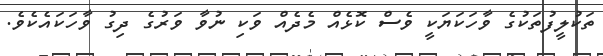
ތަކުލީފުތަކުގެ ވާހަކަޔަކީ ވެސް ކޮޅެއް މެދެއް ވަކި ނުވާ ވަރުގެ ދިގު ވާހަކައެކެވެ.